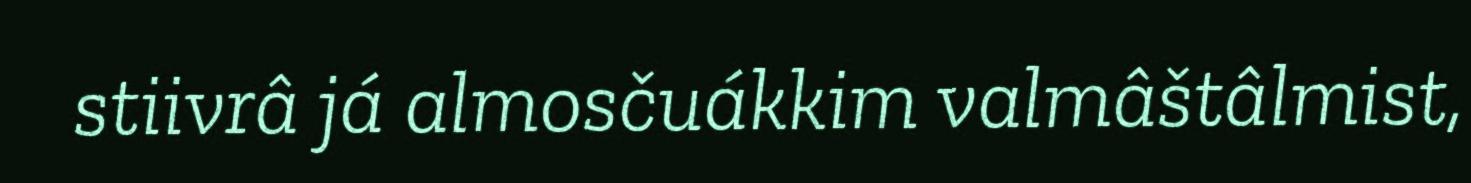
stiivrâ já almosčuákkim valmâštâlmist,